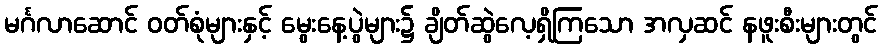
မင်္ဂလာဆောင် ဝတ်စုံများနှင့် မွေးနေ့ပွဲများ၌ ချိတ်ဆွဲလေ့ရှိကြသော အလှဆင် နဖူးစီးများတွင်